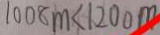
1 0 0 8 m < 1 2 0 0 m